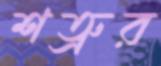
শত্রুর